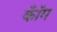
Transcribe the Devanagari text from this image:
कॉँम